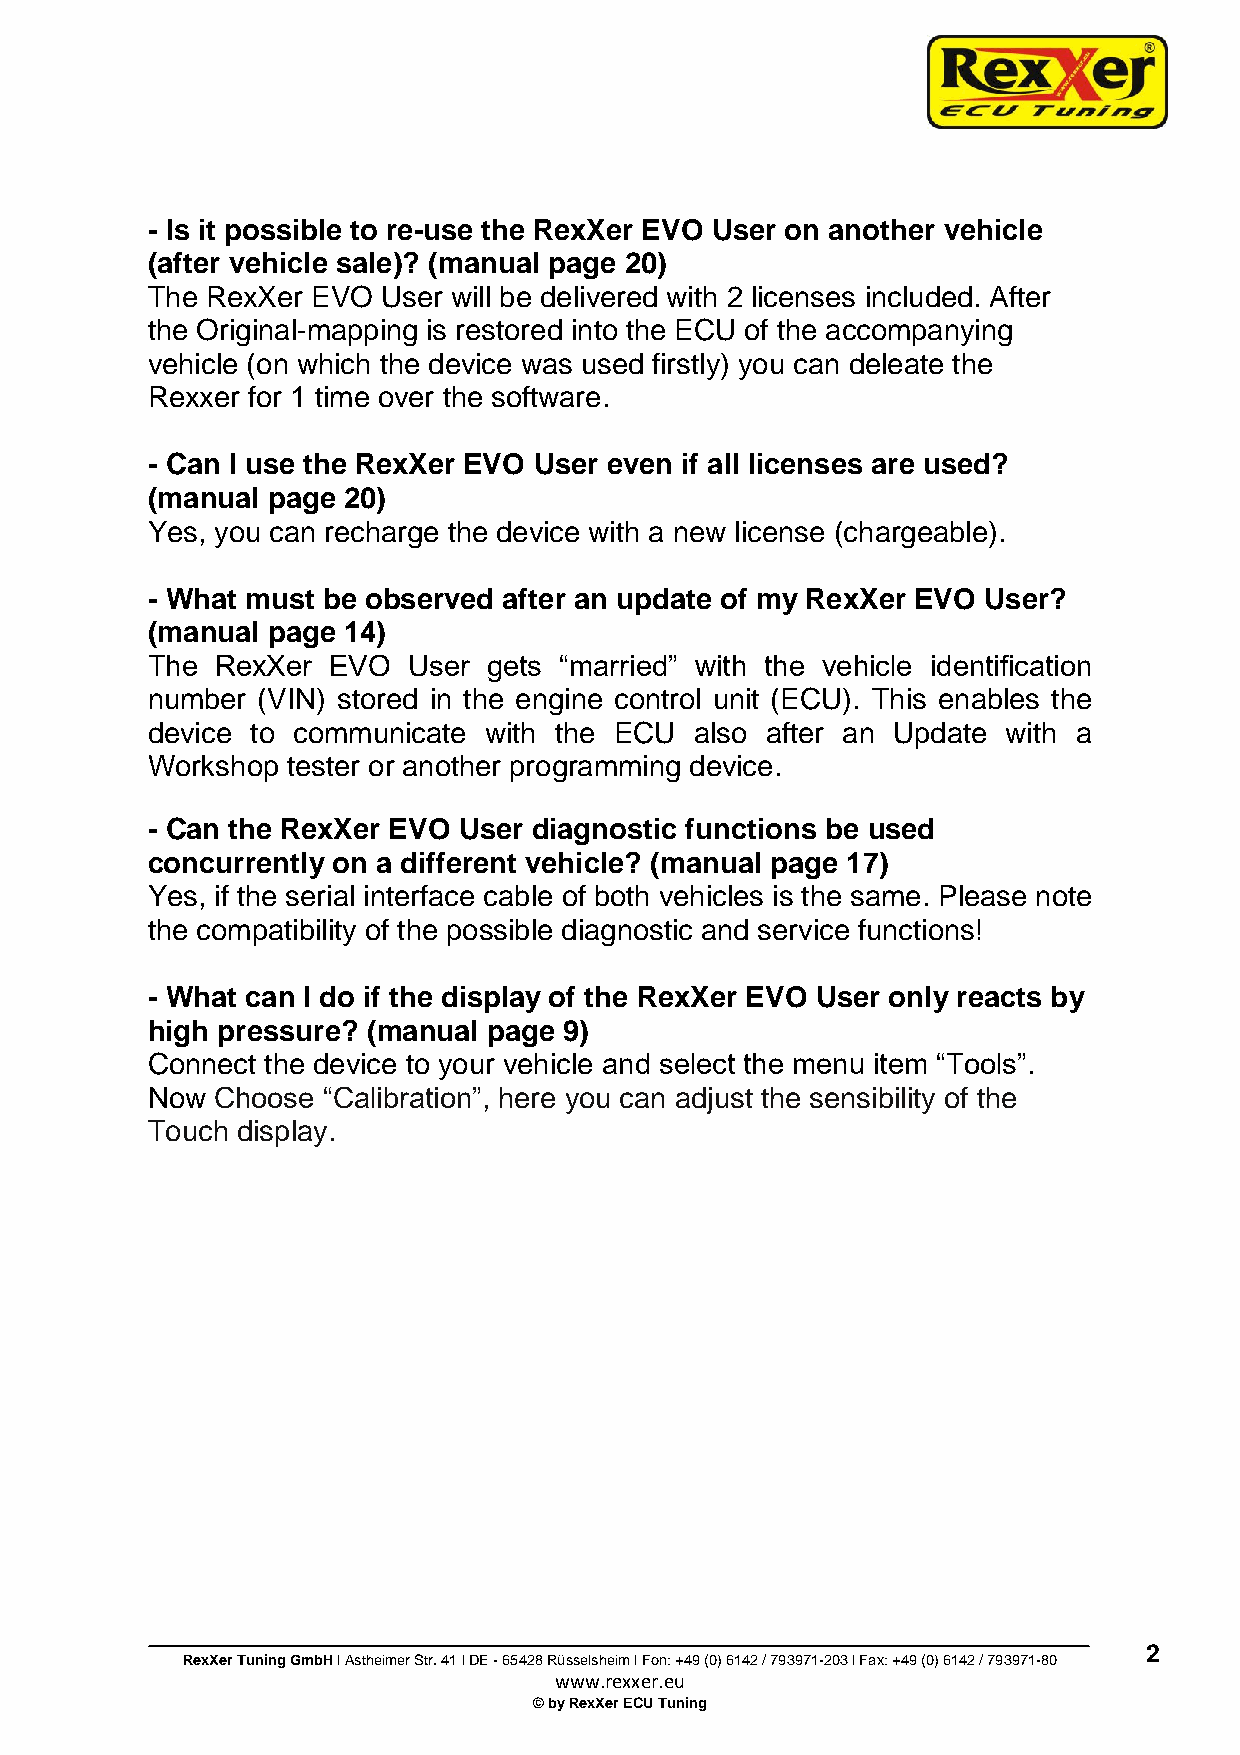
- Is it possible to re-use the RexXer EVO User on another vehicle
 (after vehicle sale)? (manual page 20)
 The RexXer EVO User will be delivered with 2 licenses included. After
 the Original-mapping is restored into the ECU of the accompanying
 vehicle (on which the device was used firstly) you can deleate the
 Rexxer for 1 time over the software.
 - Can I use the RexXer EVO User even if all licenses are used?
 (manual page 20)
 Yes, you can recharge the device with a new license (chargeable).
 - What must be observed after an update of my RexXer EVO User?
 (manual page 14)
 The RexXer  EVO  User gets “married” with the vehicle identification
 number (VIN) stored in the engine control unit (ECU). This enables the
 device to communicate with the ECU  also after an Update with a
 Workshop tester or another programming device.
 - Can the RexXer EVO User diagnostic functions be used
 concurrently on a different vehicle? (manual page 17)
 Yes, if the serial interface cable of both vehicles is the same. Please note
 the compatibility of the possible diagnostic and service functions!
 - What can I do if the display of the RexXer EVO User only reacts by
 high pressure? (manual page 9)
 Connect the device to your vehicle and select the menu item “Tools”.
 Now Choose “Calibration”, here you can adjust the sensibility of the
 Touch display.
 2
 RexXer Tuning GmbH l Astheimer Str. 41 l DE - 65428 Rüsselsheim l Fon: +49 (0) 6142 / 793971-203 l Fax: +49 (0) 6142 / 793971-80
 www.rexxer.eu
 © by RexXer ECU Tuning